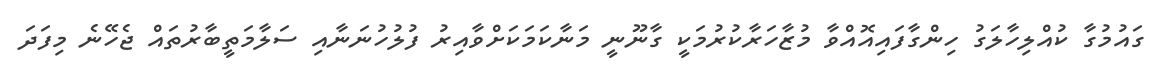
ގައުމުގާ ކުއްލިހާލަގު ހިންގާފައިއޮއްވާ މުޒާހަރާކުރުމަކީ ގާނޫނީ މަނާކަމަކަށްވާއިރުު ފުލުހުނަނާއި ސަލާމަތީބާރުތައް ޖެހޭނެ މިފަދަ